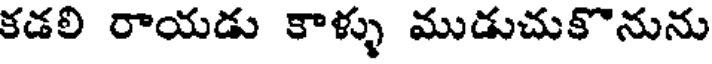
కడలి రాయడు కాళ్ళు ముడుచుకొనును